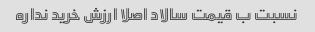
نسبت ب قیمت سالاد اصلا ارزش خرید نداره